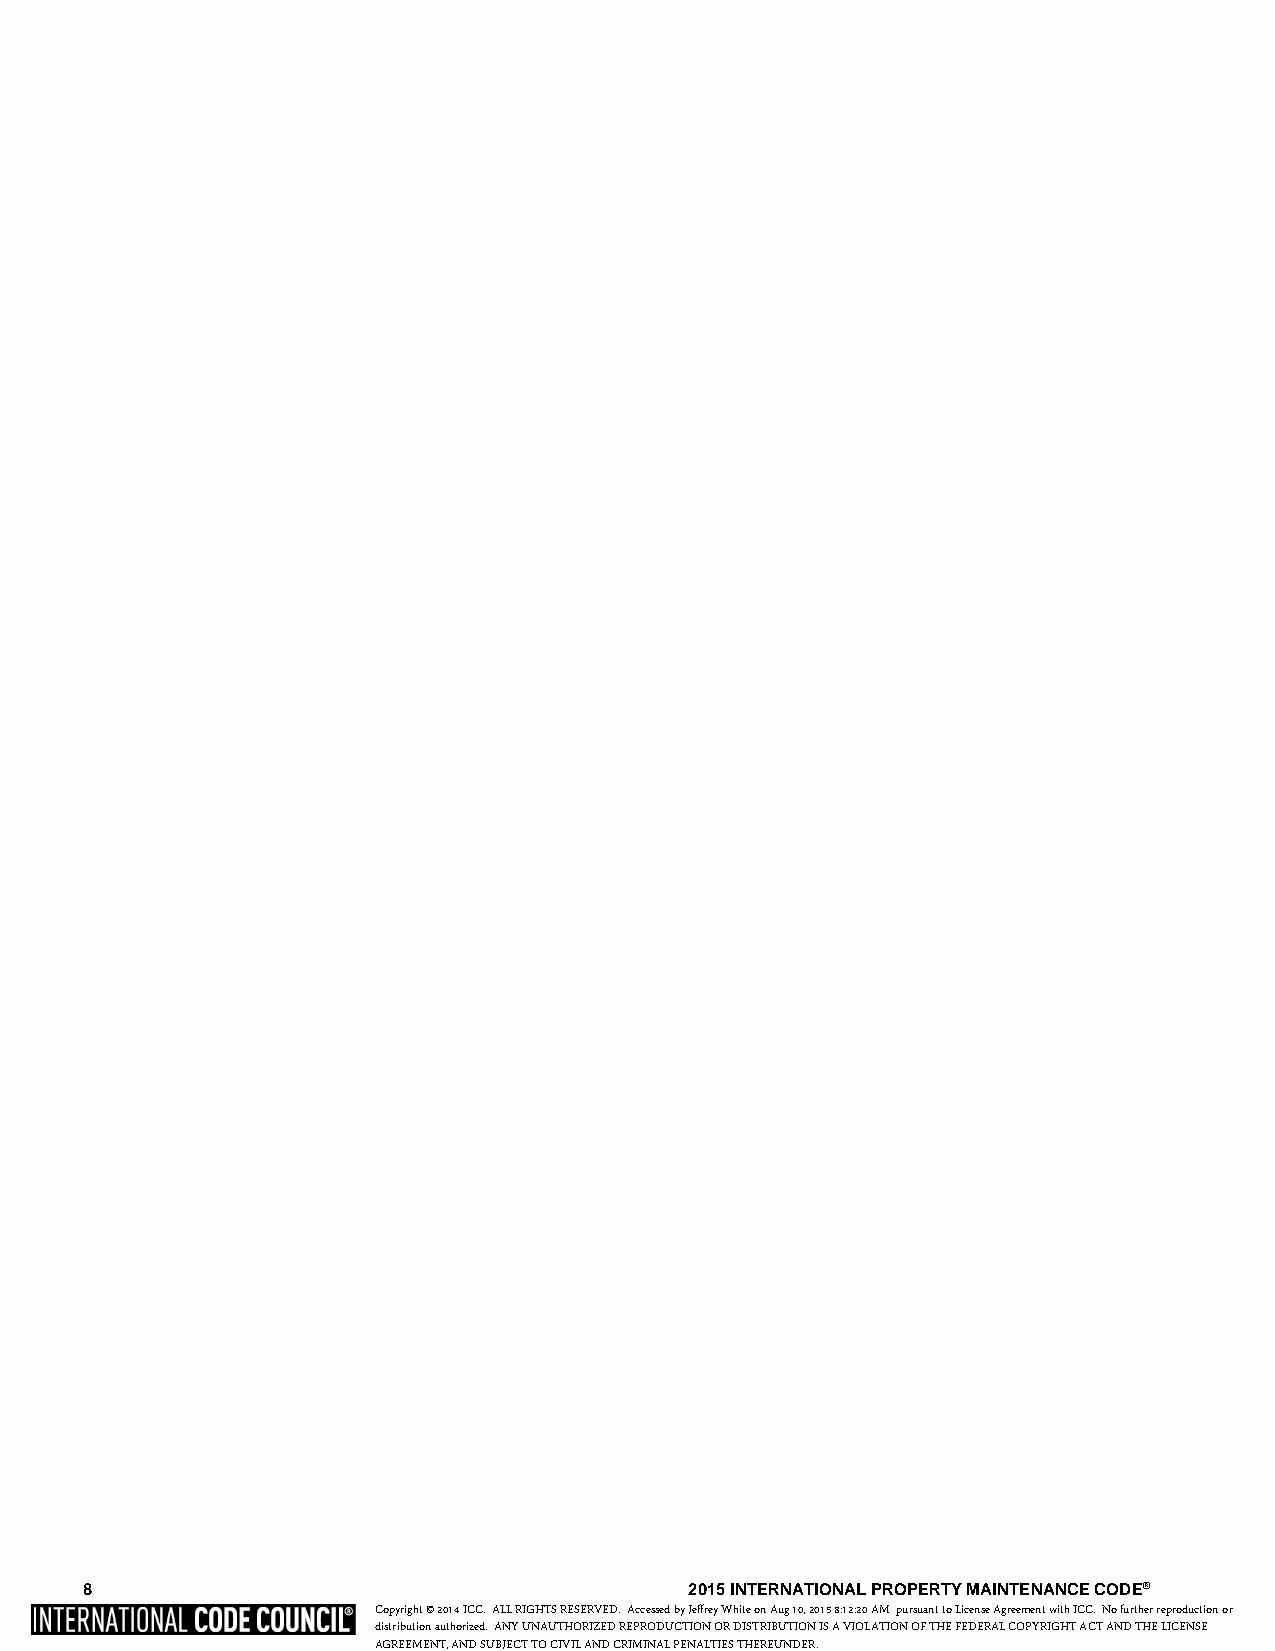
8                                       2015 INTERNATIONAL PROPERTY MAINTENANCE CODE®
 Copyright © 2014 ICC. ALL RIGHTS RESERVED. Accessed by Jeffrey White on Aug 10, 2015 8:12:20 AM pursuant to License Agreement with ICC. No further reproduction or
 distribution authorized. ANY UNAUTHORIZED REPRODUCTION OR DISTRIBUTION IS A VIOLATION OF THE FEDERAL COPYRIGHT ACT AND THE LICENSE
 AGREEMENT, AND SUBJECT TO CIVIL AND CRIMINAL PENALTIES THEREUNDER.